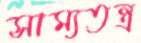
সাম্যতন্ত্র